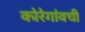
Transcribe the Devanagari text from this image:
कोरेगांवची